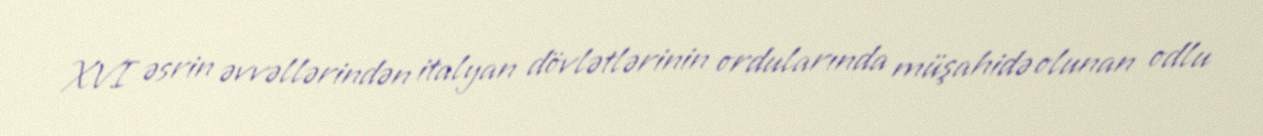
XVI əsrin əvvəllərindən italyan dövlətlərinin ordularında müşahidə olunan odlu